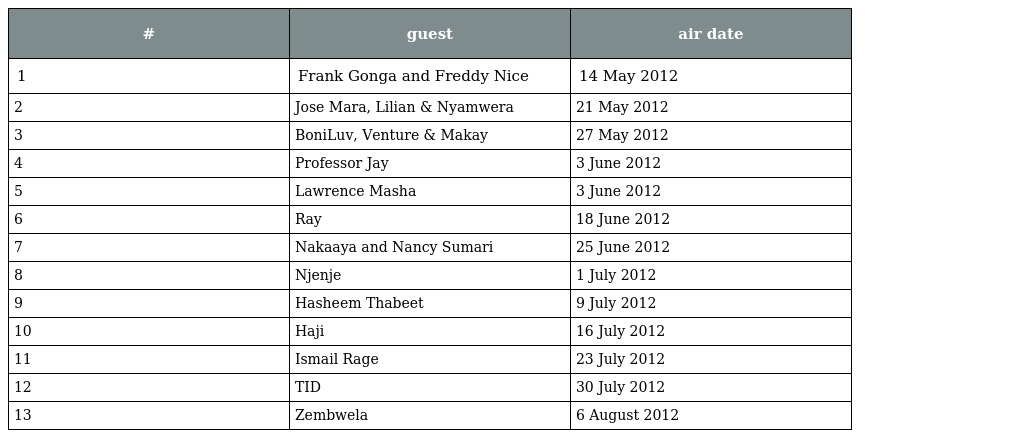
| # | guest | air date |
 | --- | --- | --- |
 | 1 | Frank Gonga and Freddy Nice | 14 May 2012 |
 | 2 | Jose Mara, Lilian & Nyamwera | 21 May 2012 |
 | 3 | BoniLuv, Venture & Makay | 27 May 2012 |
 | 4 | Professor Jay | 3 June 2012 |
 | 5 | Lawrence Masha | 3 June 2012 |
 | 6 | Ray | 18 June 2012 |
 | 7 | Nakaaya and Nancy Sumari | 25 June 2012 |
 | 8 | Njenje | 1 July 2012 |
 | 9 | Hasheem Thabeet | 9 July 2012 |
 | 10 | Haji | 16 July 2012 |
 | 11 | Ismail Rage | 23 July 2012 |
 | 12 | TID | 30 July 2012 |
 | 13 | Zembwela | 6 August 2012 |